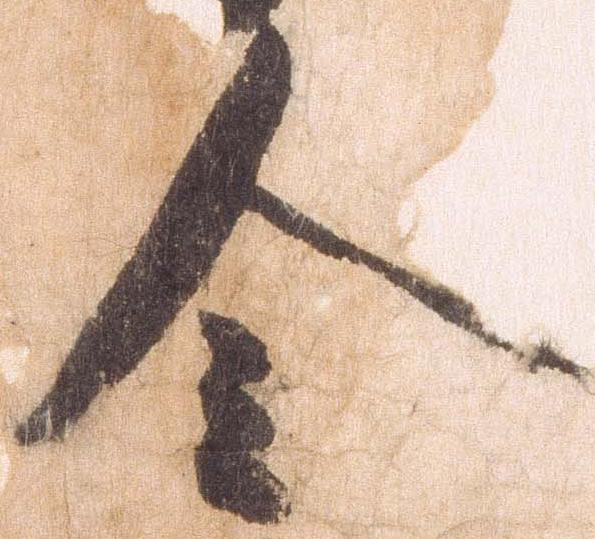
令